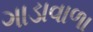
ગાડાવાળા